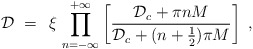
\begin{align*}{\mathcal D} \;=\; \,\xi \, \prod_{n=-\infty}^{+\infty}\left[ \frac{{\mathcal D}_c + \pi n M}{{\mathcal D}_c +(n+\frac{1}{2}) \pi M}\right]\;,\end{align*}